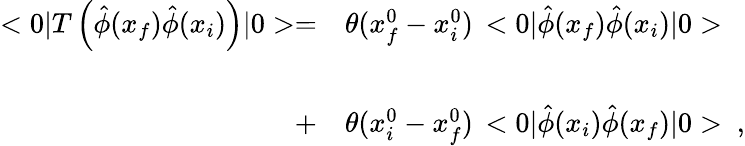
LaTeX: \begin{array}{rl}{{<0|T\left(\hat{\phi}(x_{f})\hat{\phi}(x_{i})\right)|0>=}}&{{\theta(x_{f}^{0}-x_{i}^{0})\, <0|\hat{\phi}(x_{f})\hat{\phi}(x_{i})|0>}}\\ {{}}&{{}}\\ {{+}}&{{\theta(x_{i}^{0}-x_{f}^{0})\, <0|\hat{\phi}(x_{i})\hat{\phi}(x_{f})|0>\ ,}}\end{array}